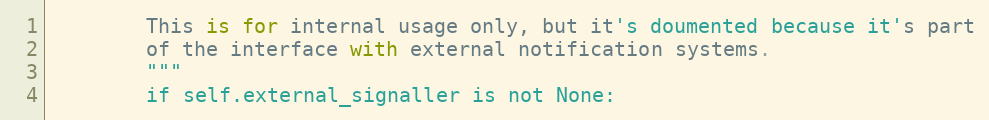
Language: Python
        This is for internal usage only, but it's doumented because it's part
        of the interface with external notification systems.
        """
        if self.external_signaller is not None: